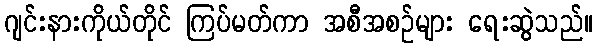
ဂျင်းနားကိုယ်တိုင် ကြပ်မတ်ကာ အစီအစဉ်များ ရေးဆွဲသည်။